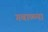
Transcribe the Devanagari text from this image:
गबाळ्या